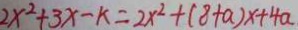
2 x ^ { 2 } + 3 x - k = 2 x ^ { 2 } + ( 8 + a ) x + 4 a